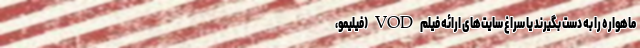
ماهواره را به دست بگیرند یا سراغ سایت‌های ارائه فیلم VOD (فیلیمو،